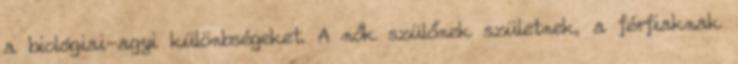
a biológiai-agyi különbségeket. A nők szülőnek születnek, a férfiaknak